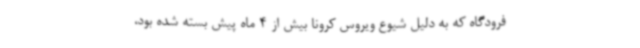
فرودگاه که به دلیل شیوع ویروس کرونا بیش از 4 ماه پیش بسته شده بود،